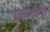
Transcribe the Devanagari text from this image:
म्हणशी